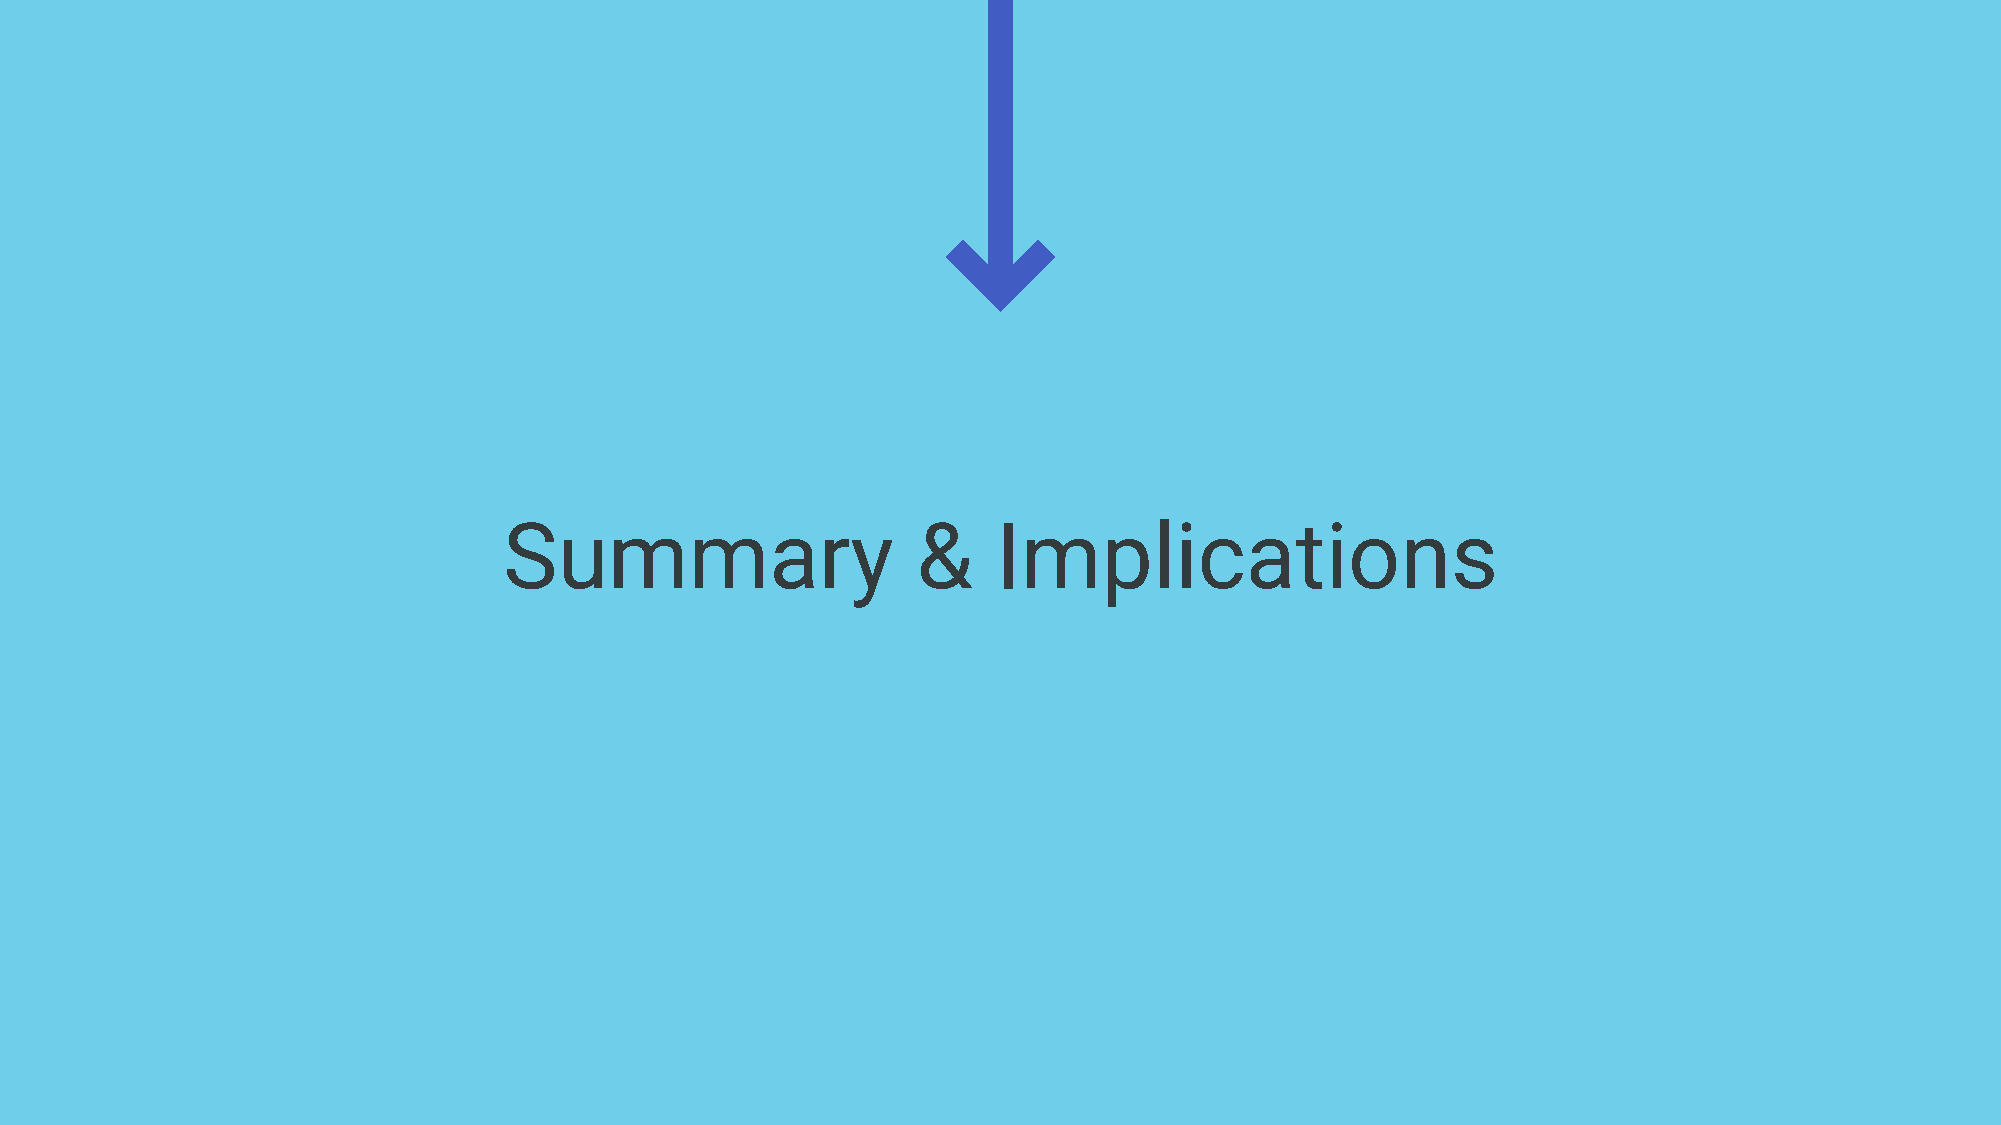
Summary                     &    Implications